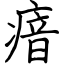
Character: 瘖